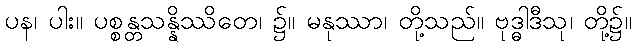
ပန၊ ပါး။ ပစ္စန္တသန္နိဿိတေ၊ ၌။ မနုဿာ၊ တို့သည်။ ဗုဒ္ဓါဒီသု၊ တို့၌။